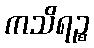
ကသိရဉ္စ